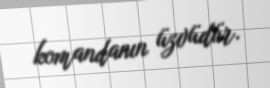
komandanın üzvüdür.